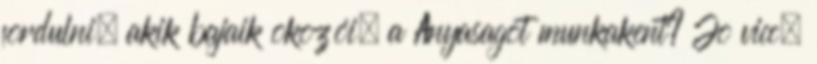
fordulni, akik bajaik okozói. a Anyasagot munkakent? Jo vicc.